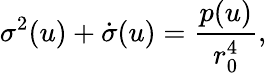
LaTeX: \sigma^{2}(u)+\dot{\sigma}(u)=\frac{p(u)}{r_{0}^{4}},